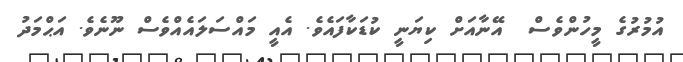
އުމުރުގެ މީހުންވެސް  އޭނާއަށް ކިޔަނީ ކުޑަކާފައެވެ. އެއީ މައްސަލައެއްވެސް ނޫނެވެ. އަޙްމަދު